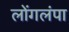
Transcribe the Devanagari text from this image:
लोंगलंपा